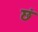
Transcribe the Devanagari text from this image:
छं